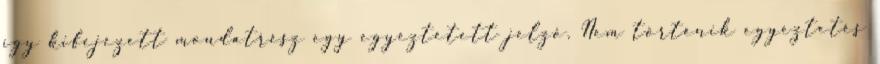
így kifejezett mondatrész egy egyeztetett jelző. Nem történik egyeztetés